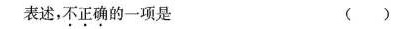
表述，不正确的一项是 ()